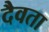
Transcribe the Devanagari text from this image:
दैवता